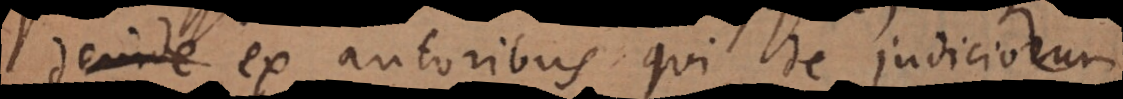
e ex autoribus qui de judiciorum